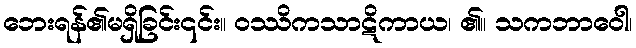
ဘေးရန်၏မရှိခြင်း၎င်း။ ဝဿိကသာဋိကာယ၊ ၏။ သကဘာဝေါ၊